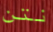
نتن